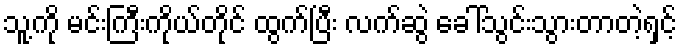
သူ့ကို မင်းကြီးကိုယ်တိုင် ထွက်ပြီး လက်ဆွဲ ခေါ်သွင်းသွားတာတဲ့ရှင့်